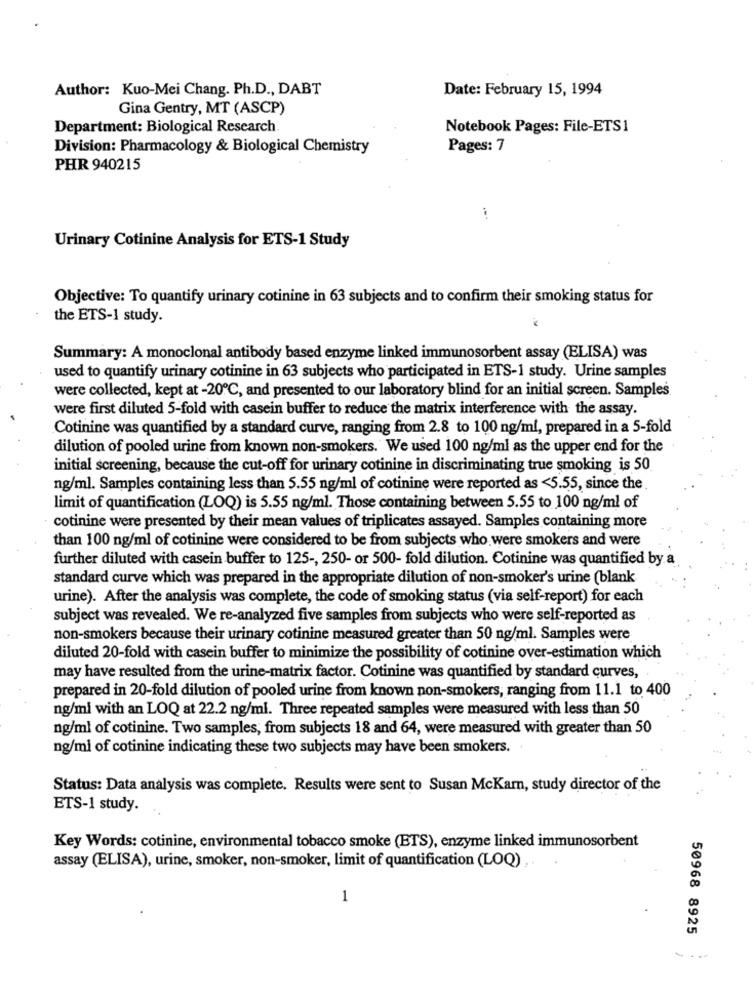
Author: Kuo-Mei Chang. Ph.D ., DABT
Date: February 15, 1994
Gina Gentry, MT (ASCP)
Department: Biological Research
Notebook Pages: File-ETS1
Division: Pharmacology & Biological Chemistry
Pages: 7
PHR 940215
Urinary Cotinine Analysis for ETS-1 Study
Objective: To quantify urinary cotinine in 63 subjects and to confirm their smoking status for
the ETS-1 study.
Summary: A monoclonal antibody based enzyme linked immunosorbent assay (ELISA) was
used to quantify urinary cotinine in 63 subjects who participated in ETS-1 study. Urine samples
were collected, kept at -20℃, and presented to our laboratory blind for an initial screen. Samples
were first diluted 5-fold with casein buffer to reduce the matrix interference with the assay.
Cotinine was quantified by a standard curve, ranging from 2.8 to 100 ng/ml, prepared in a 5-fold
dilution of pooled urine from known non-smokers. We used 100 ng/ml as the upper end for the
initial screening, because the cut-off for urinary cotinine in discriminating true smoking is 50
ng/ml. Samples containing less than 5.55 ng/ml of cotinine were reported as <5.55, since the
limit of quantification (LOQ) is 5.55 ng/ml. Those containing between 5.55 to 100 ng/ml of
cotinine were presented by their mean values of triplicates assayed. Samples containing more
than 100 ng/ml of cotinine were considered to be from subjects who were smokers and were
further diluted with casein buffer to 125 -, 250- or 500- fold dilution. Cotinine was quantified by a
standard curve which was prepared in the appropriate dilution of non-smoker's urine (blank
urine). After the analysis was complete, the code of smoking status (via self-report) for each
subject was revealed. We re-analyzed five samples from subjects who were self-reported as
non-smokers because their urinary cotinine measured greater than 50 ng/ml. Samples were
diluted 20-fold with casein buffer to minimize the possibility of cotinine over-estimation which
may have resulted from the urine-matrix factor. Cotinine was quantified by standard curves,
prepared in 20-fold dilution of pooled urine from known non-smokers, ranging from 11.1 to 400
ng/ml with an LOQ at 22.2 ng/ml. Three repeated samples were measured with less than 50
ng/ml of cotinine. Two samples, from subjects 18 and 64, were measured with greater than 50
ng/ml of cotinine indicating these two subjects may have been smokers.
Status: Data analysis was complete. Results were sent to Susan McKam, study director of the
ETS-1 study.
Key Words: cotinine, environmental tobacco smoke (ETS), enzyme linked immunosorbent
assay (ELISA), urine, smoker, non-smoker, limit of quantification (LOQ) . .
1
50968 8925